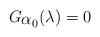
LaTeX: \begin{align*}G_{\displaystyle\alpha_0}(\lambda)=0\end{align*}